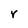
Character: r